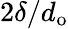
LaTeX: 2\delta/d_{\mathrm{o}}